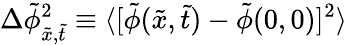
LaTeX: \Delta\tilde{\phi}_{\tilde{x},\tilde{t}}^{2}\equiv\langle[\tilde{\phi}(\tilde{x},\tilde{t})-\tilde{\phi}(0,0)]^{2}\rangle